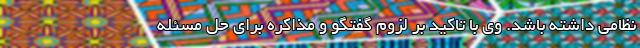
نظامی داشته باشد. وی با تاکید بر لزوم گفتگو و مذاکره برای حل مسئله